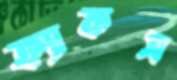
ক্র্যাকস